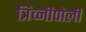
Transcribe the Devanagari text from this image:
त्रिच्नीपोली